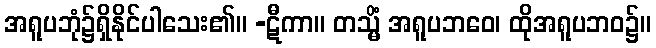
အရူပဘုံ၌ရှိနိုင်ပါသေး၏။ -ဋီကာ။ တသ္မိံ အရူပဘဝေ၊ ထိုအရူပဘဝ၌။